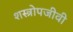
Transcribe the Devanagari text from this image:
शस्त्रोपजीवी